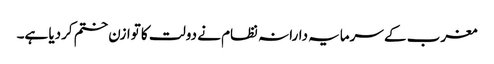
مغرب کے سرمایہ دارانہ نظام نے دولت کا توازن ختم کردیا ہے۔